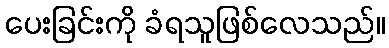
ပေးခြင်းကို ခံရသူဖြစ်လေသည်။